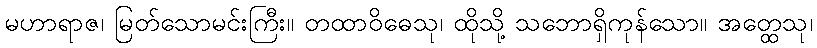
မဟာရာဇ၊ မြတ်သောမင်းကြီး။ တထာဝိဓေသု၊ ထိုသို့ သဘောရှိကုန်သော။ အတ္ထေသု၊